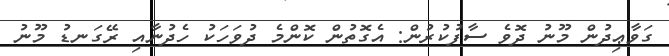
ގަވާޢިދުން މޫނު ދޮވެ ސާފުކުރުން: އެގޮތުން ކޮންމެ ދުވަހަކު ހެދުނާއި ރޭގަނޑު މޫނު